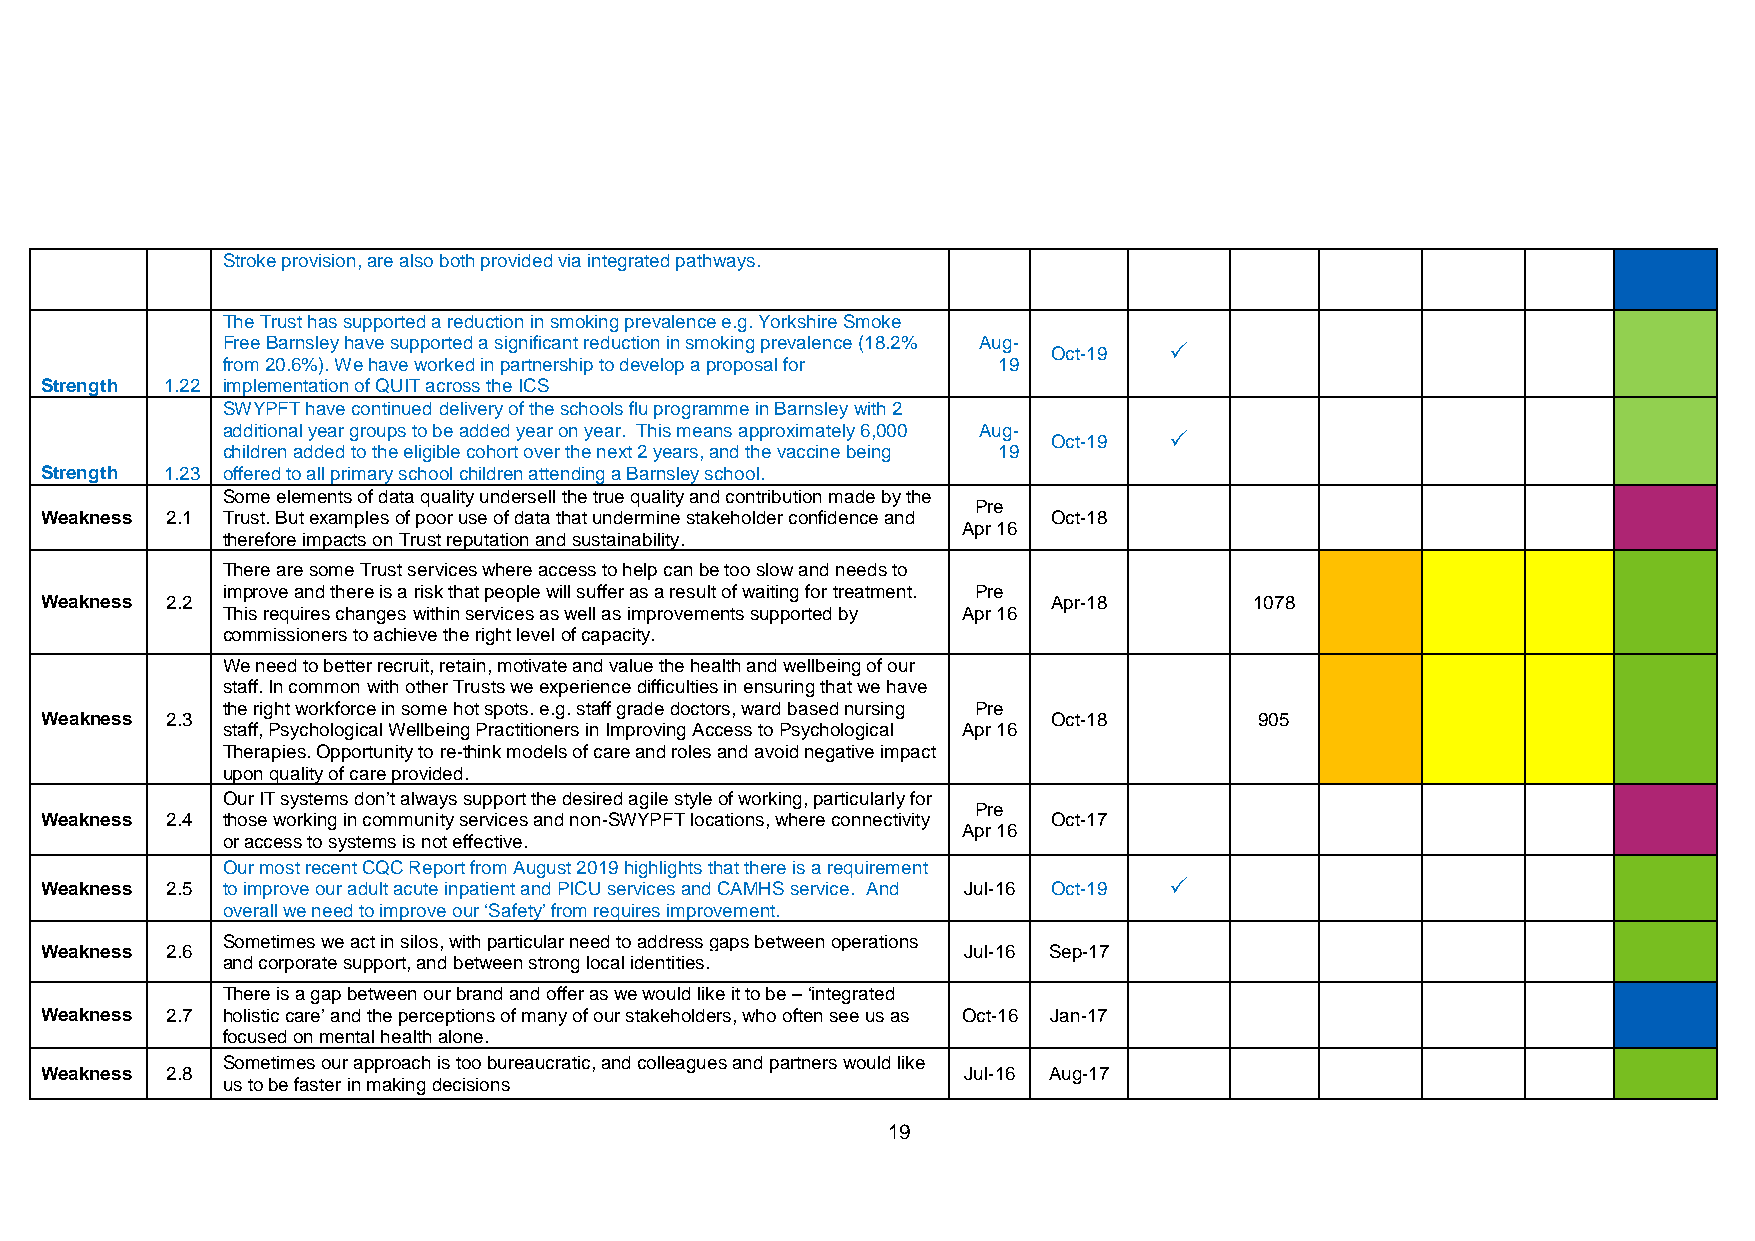
Stroke provision, are also both provided via integrated pathways.
 The Trust has supported a reduction in smoking prevalence e.g. Yorkshire Smoke
 Free Barnsley have supported a significant reduction in smoking prevalence (18.2% Aug- Oct-19 
 from 20.6%). We have worked in partnership to develop a proposal for 19
 Strength 1.22 implementation of QUIT across the ICS
 SWYPFT have continued delivery of the schools flu programme in Barnsley with 2
 additional year groups to be added year on year. This means approximately 6,000 Aug- Oct-19 
 children added to the eligible cohort over the next 2 years, and the vaccine being 19
 Strength 1.23 offered to all primary school children attending a Barnsley school.
 Some elements of data quality undersell the true quality and contribution made by the
 Weakness 2.1 Trust. But examples of poor use of data that undermine stakeholder confidence and
 Pre
 Oct-18
 Apr 16
 therefore impacts on Trust reputation and sustainability.
 There are some Trust services where access to help can be too slow and needs to
 improve and there is a risk that people will suffer as a result of waiting for treatment. Pre
 Weakness 2.2                                                       Apr-18       1078
 This requires changes within services as well as improvements supported by Apr 16
 commissioners to achieve the right level of capacity.
 We need to better recruit, retain, motivate and value the health and wellbeing of our
 staff. In common with other Trusts we experience difficulties in ensuring that we have
 the right workforce in some hot spots. e.g. staff grade doctors, ward based nursing Pre
 Weakness 2.3                                                       Oct-18       905
 staff, Psychological Wellbeing Practitioners in Improving Access to Psychological Apr 16
 Therapies. Opportunity to re-think models of care and roles and avoid negative impact
 upon quality of care provided.
 Our IT systems don’t always support the desired agile style of working, particularly for
 Pre
 Weakness 2.4 those working in community services and non-SWYPFT locations, where connectivity Oct-17
 Apr 16
 or access to systems is not effective.
 Our most recent CQC Report from August 2019 highlights that there is a requirement
 Weakness 2.5 to improve our adult acute inpatient and PICU services and CAMHS service. And Jul-16 Oct-19 
 overall we need to improve our ‘Safety’ from requires improvement.
 Sometimes we act in silos, with particular need to address gaps between operations
 Weakness 2.6                                                 Jul-16 Sep-17
 and corporate support, and between strong local identities.
 There is a gap between our brand and offer as we would like it to be – ‘integrated
 Weakness 2.7 holistic care’ and the perceptions of many of our stakeholders, who often see us as Oct-16 Jan-17
 focused on mental health alone.
 Sometimes our approach is too bureaucratic, and colleagues and partners would like
 Weakness 2.8                                                 Jul-16 Aug-17
 us to be faster in making decisions
 19